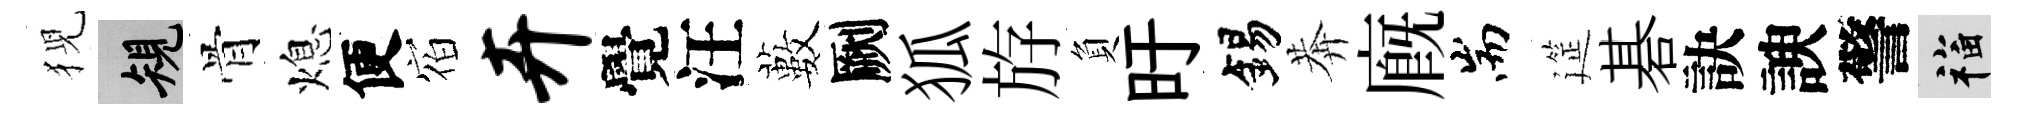
猊規骨熄便𪧐卉覺汪藪劂狐斿負旴錫莾廐耑筵碁訣諛警福